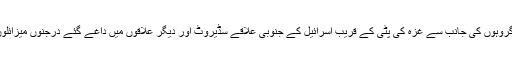
اسرائیلی میڈیا کے مطابق فلسطینی کے مسلح گروہوں کی جانب سے غزہ کی پٹی کے قریب اسرائیل کے جنوبی علاقے سڈیروٹ اور دیگر علاقوں میں داغے گئے درجنوں میزائلوں سے متعدد اسرائیلی شہری زخمی ہوئے ہیں۔